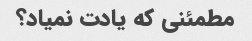
مطمئنی که یادت نمیاد؟